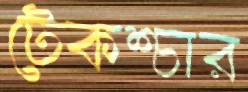
টেকশ্চার